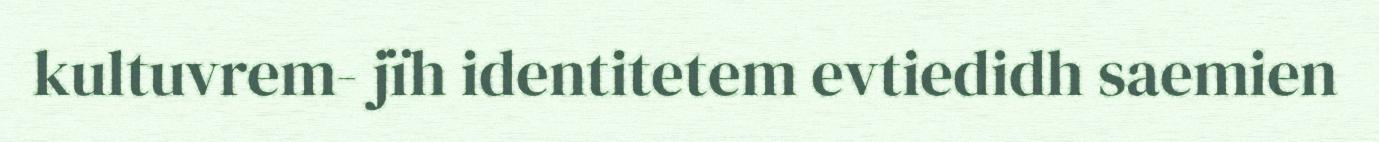
kultuvrem- jïh identitetem evtiedidh saemien